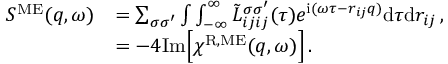
\begin{array} { r l } { S ^ { \mathrm { M E } } ( q , \omega ) } & { = \sum _ { \sigma \sigma ^ { \prime } } \int \int _ { - \infty } ^ { \infty } \Tilde { L } _ { i j i j } ^ { \sigma \sigma ^ { \prime } } ( \tau ) e ^ { \mathrm { i } ( \omega \tau - r _ { i j } q ) } \mathrm { d } \tau \mathrm { d } r _ { i j } \, , } \\ & { = - 4 \mathrm { I m } \Big [ \chi ^ { \mathrm { R , M E } } ( q , \omega ) \Big ] \, . } \end{array}